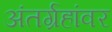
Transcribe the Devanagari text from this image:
अंतर्ग्रहांवर